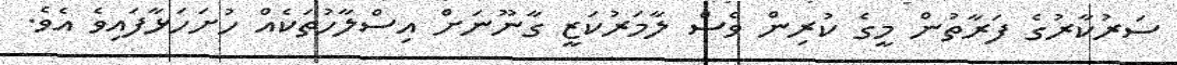
ސަރުކާރުގެ ފަރާތުން މީގެ ކުރިން ވެސް ލާމަރުކަޒީ ގާނޫނަށް އިސްލާހުތަކެއް ހުށަހަޅާފައިވެ އެވެ.